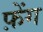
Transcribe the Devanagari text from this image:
फ़ेंग